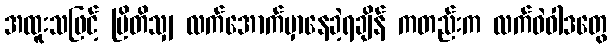
အထူးသဖြင့် ဗြိတိသျှ လက်အောက်မှာနေခဲ့ရချိန် ကတည်းက လက်ဝဲဝါဒတွေ